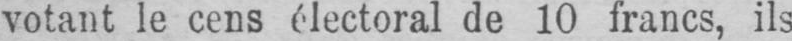
votant le cens électoral de 10 francs, ils